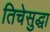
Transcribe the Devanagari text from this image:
तिचेसुद्धा